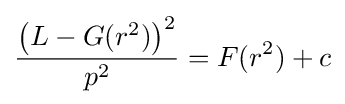
{\frac {\left(L-G(r^{2})\right)^{2}}{p^{2}}}=F(r^{2})+c